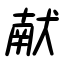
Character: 献